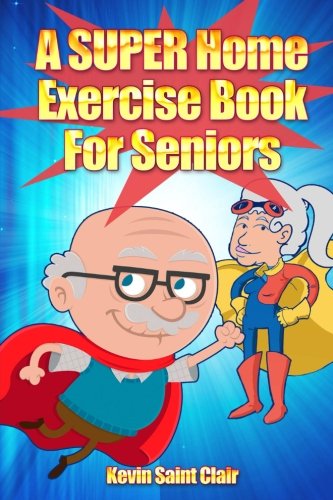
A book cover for A SUPER Home Exercise Book for Seniors: A Home Exercise Routine That Really Packs A Punch (Senior Fitness Series) (Volume 1); Kevin Saint Clair; Health, Fitness & Dieting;